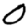
Digit: 0